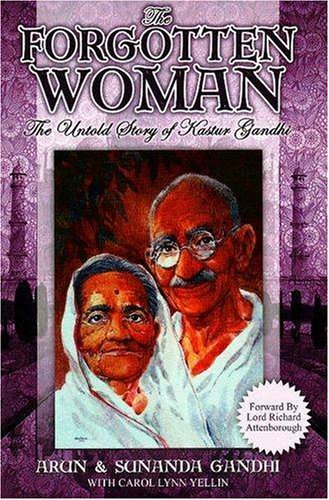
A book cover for The Forgotten Woman: The Untold Story of Kastur Gandhi; Arun Gandhi; Religion & Spirituality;